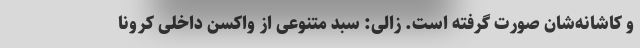
و کاشانه‌شان صورت گرفته است. زالی: سبد متنوعی از واکسن داخلی کرونا